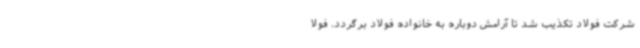
شرکت فولاد تکذیب شد تا آرامش دوباره به خانواده فولاد برگردد. فولا